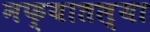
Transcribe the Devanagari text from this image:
नफ्यातल्या